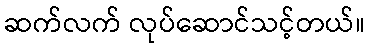
ဆက်လက် လုပ်ဆောင်သင့်တယ်။